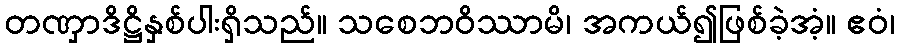
တဏှာဒိဋ္ဌိနှစ်ပါးရှိသည်။ သစေဘဝိဿာမိ၊ အကယ်၍ဖြစ်ခဲ့အံ့။ ဧဝံ၊